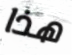
هذا